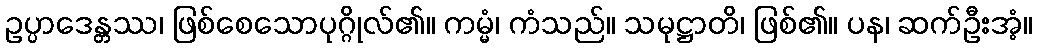
ဥပ္ပာဒေန္တဿ၊ ဖြစ်စေသောပုဂ္ဂိုလ်၏။ ကမ္မံ၊ ကံသည်။ သမုဋ္ဌာတိ၊ ဖြစ်၏။ ပန၊ ဆက်ဦးအံ့။